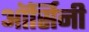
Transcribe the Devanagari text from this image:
ऑर्सिनी